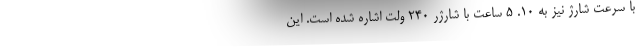
با سرعت شارژ نیز به 10. 5 ساعت با شارژر 240 ولت اشاره شده است. این